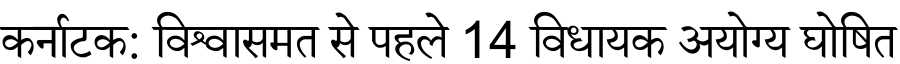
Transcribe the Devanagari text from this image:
कर्नाटक: विश्वासमत से पहले 14 विधायक अयोग्य घोषित